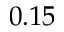
0 . 1 5